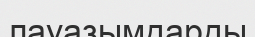
лауазымдарды